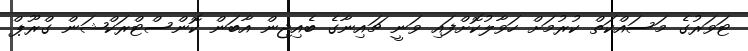
ޓަވަރުގެ މަސައްްކަތް ކުރުމަށް ހަވާލުކޮށްފައި ވަނީ ޗައިނާގެ ބެއިޖިން އާބަން ކޮންސްޓްރަކްޝަން ގްރޫޕް